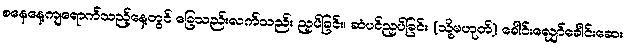
စနေနေ့ကျရောက်သည့်နေ့တွင် ခြေသည်းလက်သည်း ညှပ်ခြင်း၊ ဆံပင်ညှပ်ခြင်း (သို့မဟုတ်) ခေါင်းလျှော်ခေါင်းဆေး